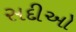
સદીઓ